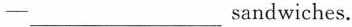
—___sandwiches.